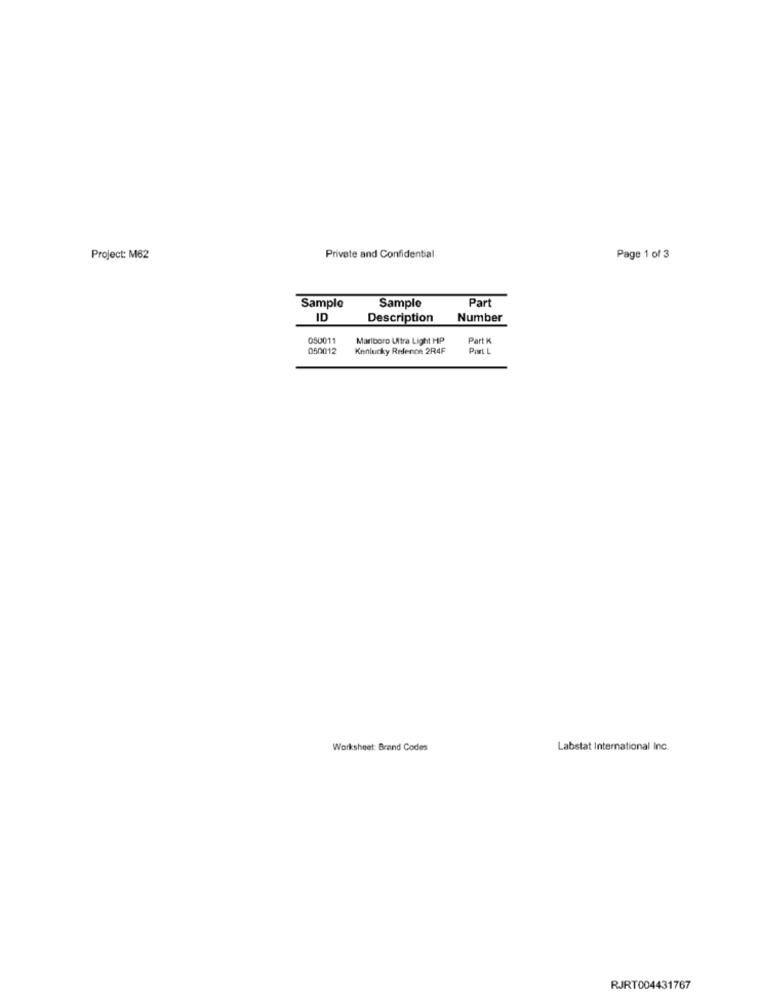
Project: M62
Private and Confidential
Page 1 of 3
Sample
Part
Sample
ID
Description
Number
050011
Marlboro Ultra Light HP
Part K
050012
Kenlucky Redlenon 2R4F
Worksheet: Brand Codes
Labstat International Inc.
RJRT004431767